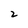
Character: 2